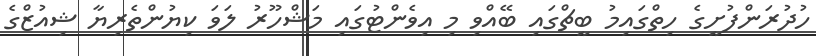
ހުދުރަންފުށީގެ ހިތްގައިމު ބީޗްގައި ބޭއްވި މި އިވެންޓުގައި މަޝްހޫރު ލަވަ ކިޔުންތެރިޔާ ޝިއުޒްގެ